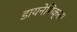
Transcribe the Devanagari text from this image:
डायनेमिक्स।